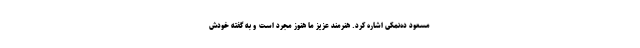
مسعود ده‌نمکی اشاره کرد. هنرمند عزیز ما هنوز مجرد است و به گفته خودش